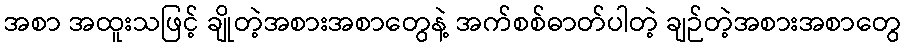
အစာ အထူးသဖြင့် ချိုတဲ့အစားအစာတွေနဲ့ အက်စစ်ဓာတ်ပါတဲ့ ချဉ်တဲ့အစားအစာတွေ